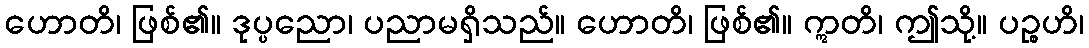
ဟောတိ၊ ဖြစ်၏။ ဒုပ္ပညော၊ ပညာမရှိသည်။ ဟောတိ၊ ဖြစ်၏။ ဣတိ၊ ဤသို့။ ပဉ္စဟိ၊